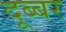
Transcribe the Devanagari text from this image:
दूब्बर